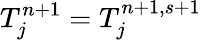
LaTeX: T_{j}^{n+1}=T_{j}^{n+1,s+1}